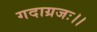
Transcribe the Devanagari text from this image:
गदाग्रजः।।